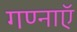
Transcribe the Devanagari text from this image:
गण्नाऍ